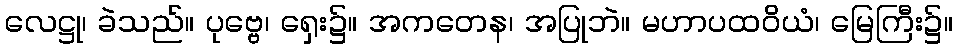
လေဋ္ဌု၊ ခဲသည်။ ပုဗ္ဗေ၊ ရှေး၌။ အကတေန၊ အပြုဘဲ။ မဟာပထဝိယံ၊ မြေကြီး၌။